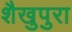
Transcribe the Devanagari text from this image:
शैखुपुरा